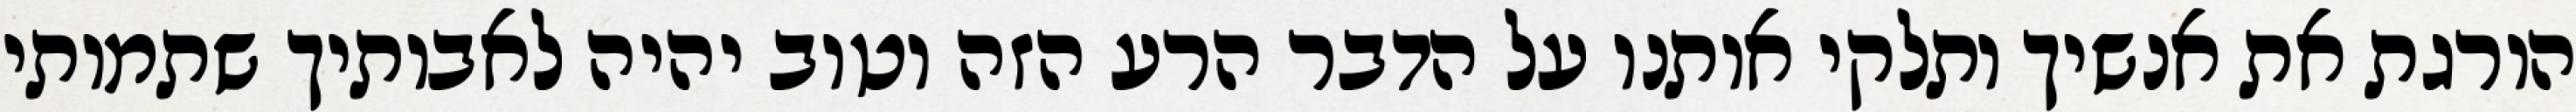
הורגת את אנשיך ותלקי אותנו על הדבר הרע הזה וטוב יהיה לאבותיך שתמותי